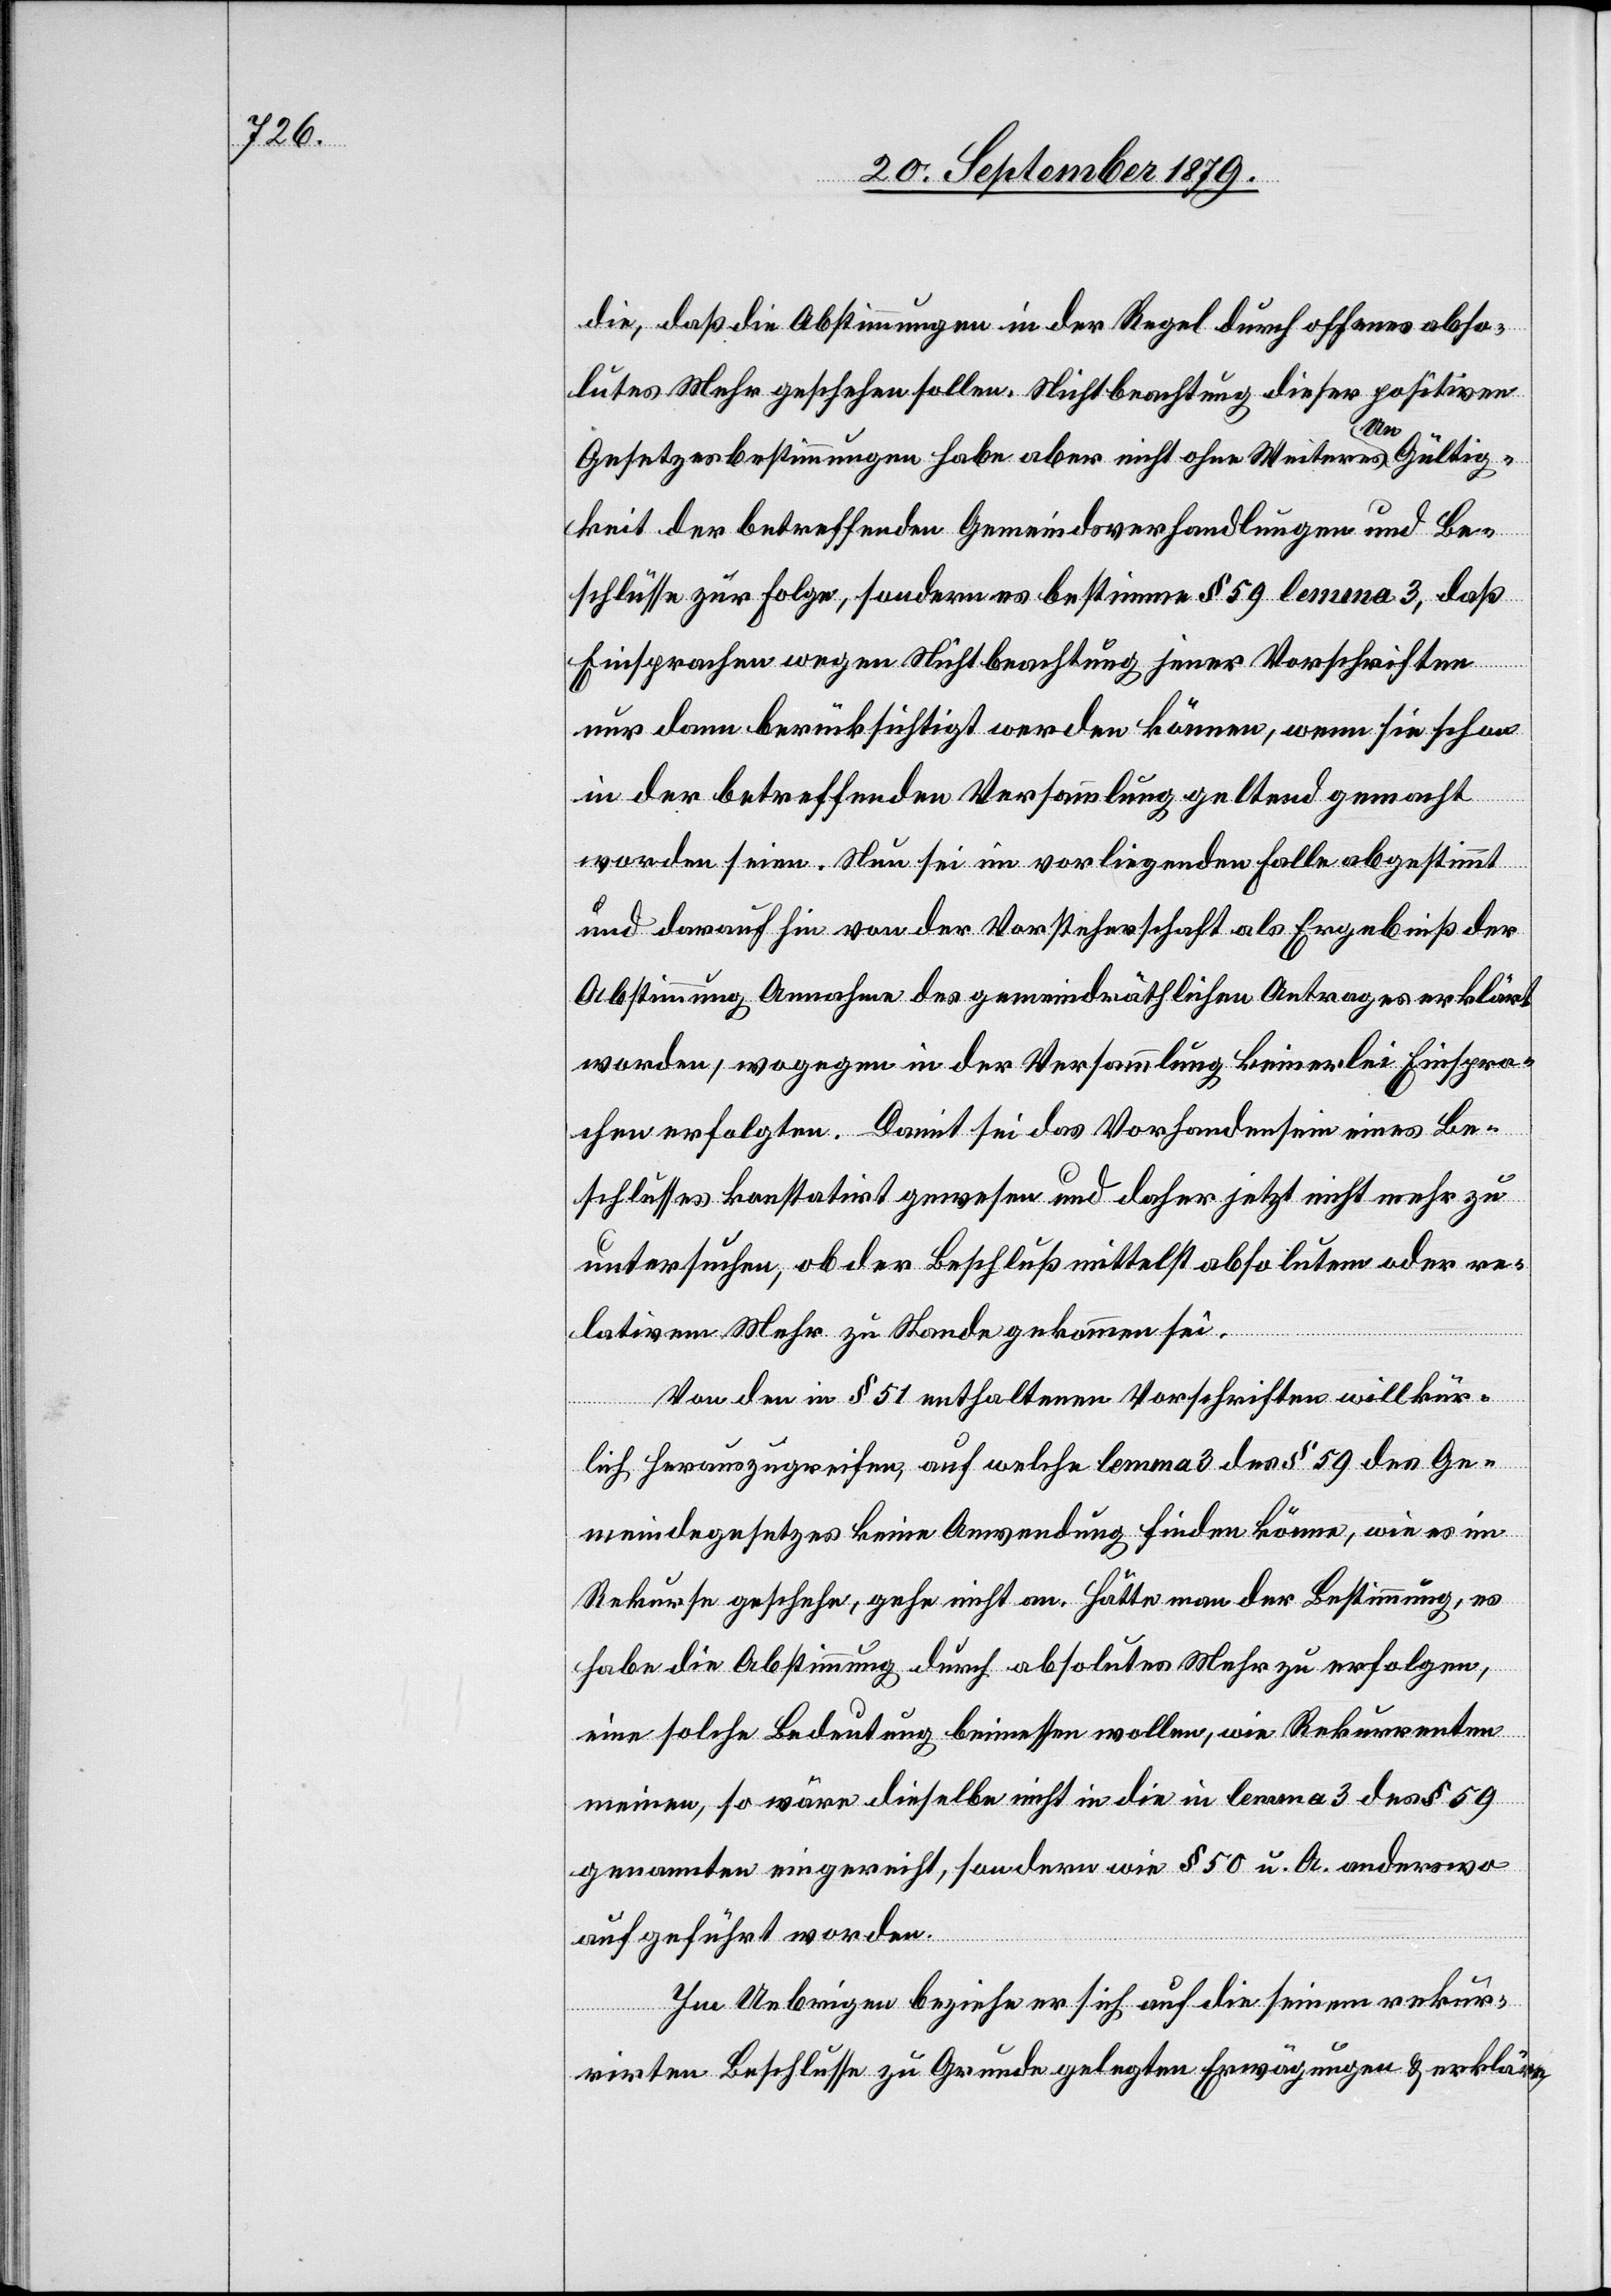
die, daß die Abstimmungen in der Regel durch offenes abso¬
lutes Mehr geschehen sollen. Nichtbeachtung dieser positiven
Gesetzesbestimmungen habe aber nicht ohne Weiteres Ungültig¬
keit der betreffenden Gemeindsverhandlungen und Be¬
schlüsse zur Folge, sondern es bestimme § 59 lemma 3, daß
Einsprachen wegen Nichtbeachtung jener Vorschriften
nur dann berücksichtigt werden können, wenn sie schon
in der betreffenden Versammlung geltend gemacht
worden seien. Nun sei im vorliegenden Falle abgestimmt
und darauf hin von der Vorsteherschaft als Ergebniß der
Abstimmung Annahme des gemeindräthlichen Antrages erklärt
worden, wogegen in der Versammlung keinerlei Einspra¬
chen erfolgten. Damit sei das Vorhandensein eines Be¬
schlusses konstatirt gewesen und daher jetzt nicht mehr zu
untersuchen, ob der Beschluß mittelst absolutem oder re¬
lativem Mehr zu Stande gekommen sei.
Von den in § 51 enthaltenen Vorschriften willkür¬
lich herauszugreifen, auf welche lemma 3 des § 59 des Ge¬
meindegesetzes keine Anwendung finden könne, wie es im
Rekurse geschehe, gehe nicht an. Hätte man der Bestimmung, es
habe die Abstimmung durch absolutes Mehr zu erfolgen,
eine solche Bedeutung beimessen wollen, wie Rekurrenten
meinen, so wäre dieselbe nicht in die in lemma 3 des § 59
genannten eingereicht, sondern wie § 50 u. A. anderswo
aufgeführt worden.
Im Uebrigen beziehe er sich auf die seinen rekur¬
rirten Beschlusse zu Grunde gelegten Erwägungen & erkläre